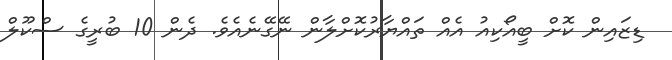
ޑިޒައިން ކޮށް ބީއޯކިއު އެއް ތައްޔާރުކޮށްލާން ނޭގޭނެއެވެ. ދެން 10 ބުރީގެ ސްކޫލް